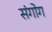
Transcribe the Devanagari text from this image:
संगोग